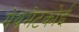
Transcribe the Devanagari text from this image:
मेथमेटकोई